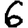
Digit: 6